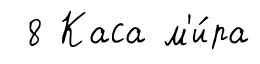
8 Каса м'и́ра